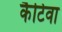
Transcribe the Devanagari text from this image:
कैटिवा